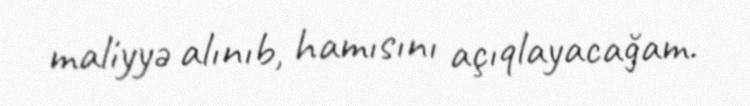
maliyyə alınıb, hamısını açıqlayacağam.